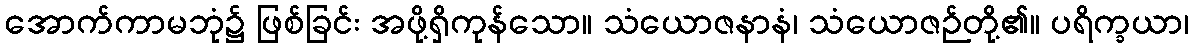
အောက်ကာမဘုံ၌ ဖြစ်ခြင်း အဖို့ရှိကုန်သော။ သံယောဇနာနံ၊ သံယောဇဉ်တို့၏။ ပရိက္ခယာ၊